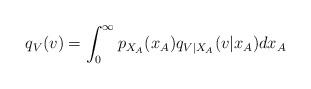
LaTeX: \begin{align*}q_V(v) = \int_0^\infty p_{X_A}(x_A) q_{V|X_A}(v|x_A) dx_A\end{align*}